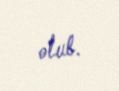
olub.